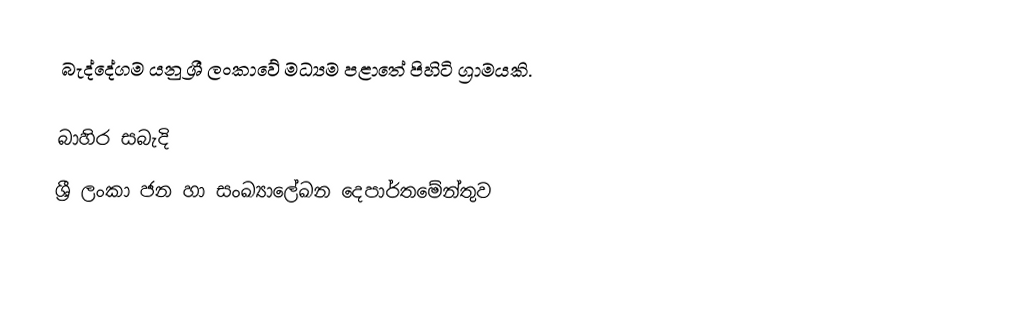
බැද්දේගම යනු ශ්‍රී ලංකාවේ මධ්‍යම පළාතේ පිහිටි ග්‍රාමයකි.

බාහිර සබැදි
ශ්‍රී ලංකා ජන හා සංඛ්‍යාලේඛන දෙපාර්තමේන්තුව